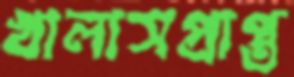
খালাসপ্রাপ্ত